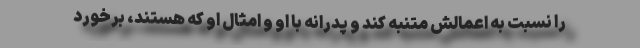
را نسبت به اعمالش متنبه کند و پدرانه با او و امثال او که هستند، برخورد